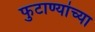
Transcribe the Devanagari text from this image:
फुटाण्यांच्या